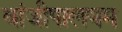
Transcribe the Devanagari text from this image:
वांजीपालयम